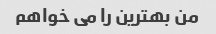
من بهترین را می خواهم